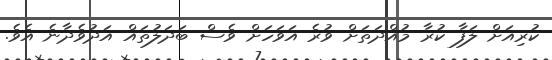
ކުރިއަށް ލަފާ ކުރާ މުއްދަތަށް ވުރެ އަވަހަށް ވެސް ބަދަލުތައް އަދުވެދާނެ އެވެ.